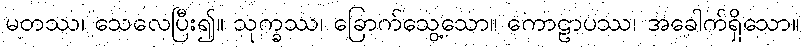
မတဿ၊ သေလေပြီး၍။ သုက္ခဿ၊ ခြောက်သွေ့သော။ ကောဠာပဿ၊ အခေါက်ရှိသော။